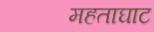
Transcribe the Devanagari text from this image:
महताघाट